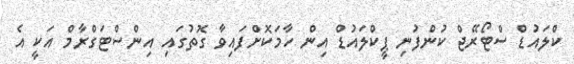
ކްލައުޑް ސްޓޯރޭޖް ކުންފުނި ޕީކްލައުޑް އިން ހާމަކޮށްފައިވާ ގޮތުގައި އިންސްޓަގްރާމް އަކީ އެ